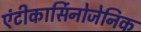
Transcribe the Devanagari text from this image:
एंटीकार्सिनोजेनिक